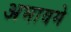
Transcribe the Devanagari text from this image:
अभावमे